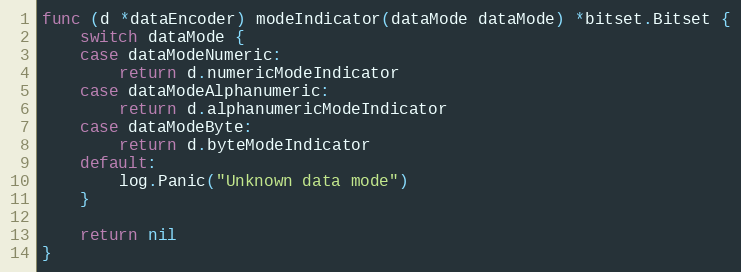
Language: Go
func (d *dataEncoder) modeIndicator(dataMode dataMode) *bitset.Bitset {
	switch dataMode {
	case dataModeNumeric:
		return d.numericModeIndicator
	case dataModeAlphanumeric:
		return d.alphanumericModeIndicator
	case dataModeByte:
		return d.byteModeIndicator
	default:
		log.Panic("Unknown data mode")
	}

	return nil
}